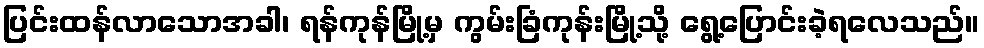
ပြင်းထန်လာသောအခါ၊ ရန်ကုန်မြို့မှ ကွမ်းခြံကုန်းမြို့သို့ ရွေ့ပြောင်းခဲ့ရလေသည်။